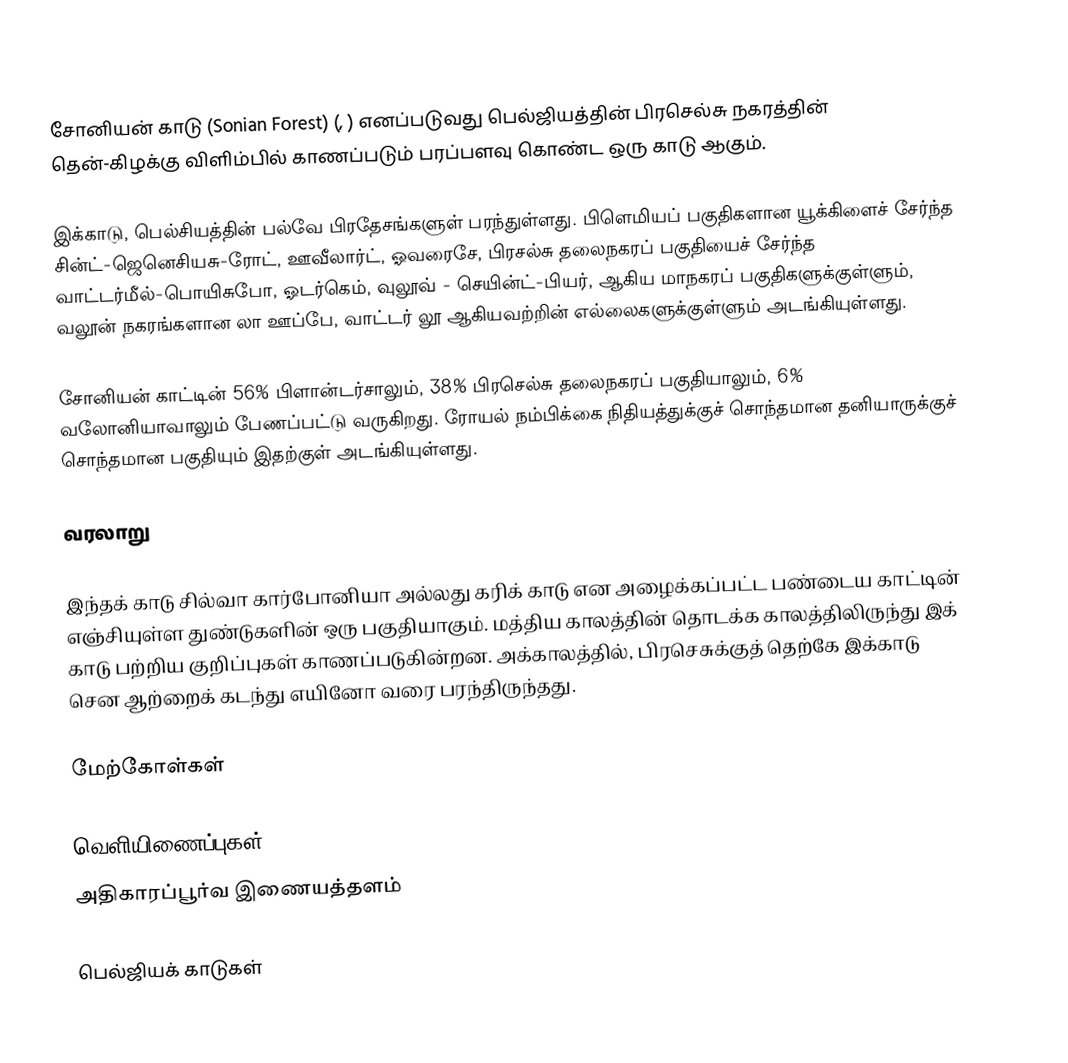
சோனியன் காடு (Sonian Forest)  (, ) எனப்படுவது  பெல்ஜியத்தின் பிரசெல்சு நகரத்தின் தென்-கிழக்கு விளிம்பில் காணப்படும்  பரப்பளவு கொண்ட ஒரு காடு ஆகும்.

இக்காடு, பெல்சியத்தின் பல்வே பிரதேசங்களுள் பரந்துள்ளது. பிளெமியப் பகுதிகளான யூக்கிளைச் சேர்ந்த சின்ட்-ஜெனெசியசு-ரோட், ஊவீலார்ட், ஓவரைசே, பிரசல்சு தலைநகரப் பகுதியைச் சேர்ந்த வாட்டர்மீல்-பொயிசுபோ, ஓடர்கெம், வுலூவ் - செயின்ட்-பியர், ஆகிய மாநகரப் பகுதிகளுக்குள்ளும், வலூன் நகரங்களான லா ஊப்பே, வாட்டர் லூ ஆகியவற்றின் எல்லைகளுக்குள்ளும் அடங்கியுள்ளது.

சோனியன் காட்டின் 56% பிளான்டர்சாலும், 38% பிரசெல்சு தலைநகரப் பகுதியாலும், 6% வலோனியாவாலும் பேணப்பட்டு வருகிறது. ரோயல் நம்பிக்கை நிதியத்துக்குச் சொந்தமான தனியாருக்குச் சொந்தமான பகுதியும் இதற்குள் அடங்கியுள்ளது.

வரலாறு

இந்தக் காடு சில்வா கார்போனியா அல்லது கரிக் காடு என அழைக்கப்பட்ட பண்டைய காட்டின் எஞ்சியுள்ள துண்டுகளின் ஒரு பகுதியாகும். மத்திய காலத்தின் தொடக்க காலத்திலிருந்து இக் காடு பற்றிய குறிப்புகள் காணப்படுகின்றன. அக்காலத்தில், பிரசெசுக்குத் தெற்கே இக்காடு சென ஆற்றைக் கடந்து எயினோ வரை பரந்திருந்தது.

மேற்கோள்கள்

வெளியிணைப்புகள்
 அதிகாரப்பூர்வ இணையத்தளம்

பெல்ஜியக் காடுகள்